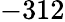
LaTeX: -312